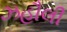
ઝહૌલી